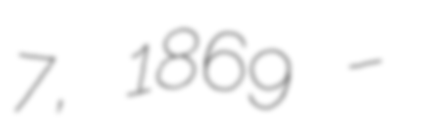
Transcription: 7, 1869 –